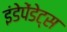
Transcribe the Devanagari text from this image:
इंडेपेंडेट्स